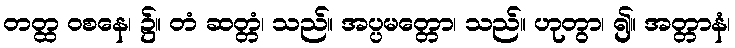
တတ္ထ ဝစနေ၊ ၌။ တံ ဆတ္တံ၊ သည်။ အပ္ပမတ္တော၊ သည်။ ဟုတွာ၊ ၍။ အတ္တာနံ၊